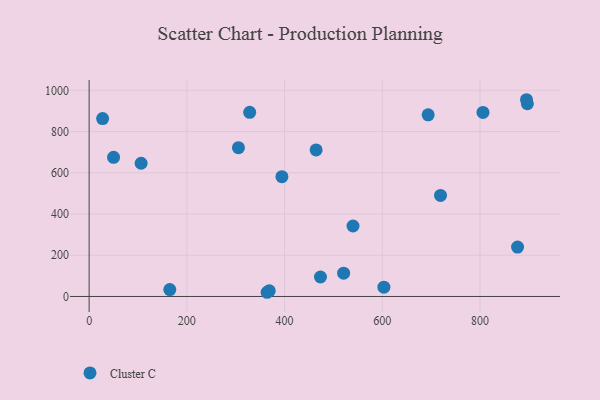
{"axis": {"x": "Engine Size", "y": "Rating"}, "legend": ["Cluster C"], "data": [{"x": "693.9", "y": 881.3, "type": "Cluster C"}, {"x": "364.3", "y": 20.4, "type": "Cluster C"}, {"x": "806.1", "y": 892.7, "type": "Cluster C"}, {"x": "464.6", "y": 710.7, "type": "Cluster C"}, {"x": "305.6", "y": 721.6, "type": "Cluster C"}, {"x": "165.1", "y": 33.7, "type": "Cluster C"}, {"x": "719.2", "y": 489.9, "type": "Cluster C"}, {"x": "895.2", "y": 954.3, "type": "Cluster C"}, {"x": "394.6", "y": 581.3, "type": "Cluster C"}, {"x": "50.0", "y": 674.8, "type": "Cluster C"}, {"x": "876.9", "y": 239.7, "type": "Cluster C"}, {"x": "368.7", "y": 27.5, "type": "Cluster C"}, {"x": "603.3", "y": 45.2, "type": "Cluster C"}, {"x": "520.9", "y": 113.0, "type": "Cluster C"}, {"x": "27.6", "y": 862.7, "type": "Cluster C"}, {"x": "540.1", "y": 341.8, "type": "Cluster C"}, {"x": "473.5", "y": 94.6, "type": "Cluster C"}, {"x": "897.0", "y": 934.7, "type": "Cluster C"}, {"x": "328.6", "y": 893.4, "type": "Cluster C"}, {"x": "106.4", "y": 646.3, "type": "Cluster C"}]}